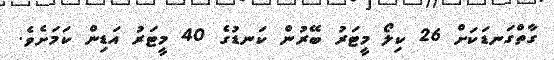
ގާތްގަނޑަކަށް 26 ކިލޯ މީޓަރު ބޭރުން ކަނޑުގެ 40 މީޓަރު އަޑިން ކަމަށެވެ.